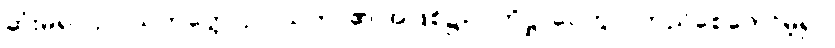
ဆုံးမ၍။ ဥပါသကတ္တေ၊ ဥပါသကာ၏ အဖြစ်၌။ ပတိဋ္ဌာပေတွာ၊ တည်စေတော်မူ၍။